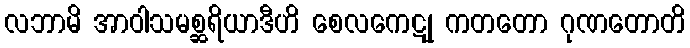
လဘာမိ အာဝါသမစ္ဆရိယာဒီဟိ စေလကေဋု ကတတော ဂုဏတောတိ